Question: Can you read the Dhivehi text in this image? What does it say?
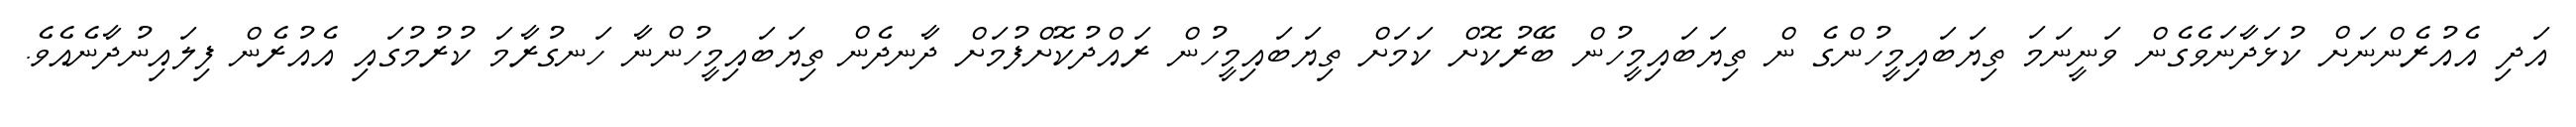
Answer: އަދި އެއުރެންނަށް ކުޅަދާނަވެގެން ވަނީނަމަ ތިޔަބައިމީހުންގެ ން ތިޔަބައިމީހުން ބޭރުކޮށް ކަމަށް ތިޔަބައިމީހުން ރައްދުކޮށްފުމަށް ދާނދެން ތިޔަބައިމީހުންނާ ހަނގުރާމަ ކުރުމުގައި އެއުރެން ފިލައިނުދާނެއެވެ.